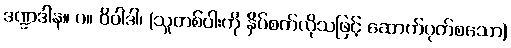
ဒဏ္ဍဒါန။ ပ။ ဝိဝါဒါ၊ (သူတစ်ပါးကို နှိပ်စက်လိုသဖြင့် ဆောက်ပုတ်စသော)